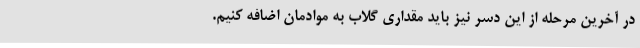
در آخرین مرحله از این دسر نیز باید مقداری گلاب به موادمان اضافه کنیم.